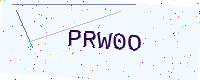
Text: PRW0O